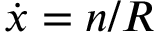
{ \dot { x } } = n / R